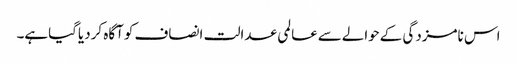
اس نامزدگی کےحوالےسےعالمی عدالت انصاف کوآگاہ کردیاگیاہے۔